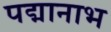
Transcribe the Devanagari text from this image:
पद्मानाभ